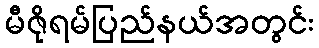
မီဇိုရမ်ပြည်နယ်အတွင်း